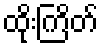
ထိုးကြိတ်